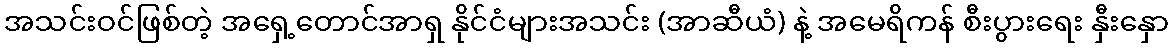
အသင်းဝင်ဖြစ်တဲ့ အရှေ့တောင်အာရှ နိုင်ငံများအသင်း (အာဆီယံ) နဲ့ အမေရိကန် စီးပွားရေး နှီးနှော